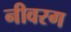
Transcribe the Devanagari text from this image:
नीवरग